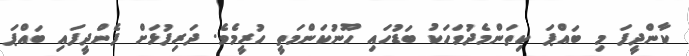
ކާންދީފަ މި ބައްޕަ ކިތަންމެދުވަހަކު ބަޑުހައި ހޫނުކަންމަތީ ހުރީމެވެ. ދަރިފުޅަށް ފެންދީފައި ބައްޕަ